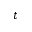
t